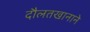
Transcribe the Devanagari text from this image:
दौलतखानाने